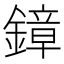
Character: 鏱